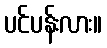
ပင်ပန်းလား။